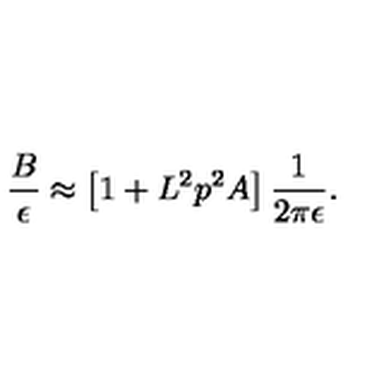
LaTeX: { \frac { B } { \epsilon } } \approx \left[ 1 + L ^ { 2 } p ^ { 2 } A \right] { \frac { 1 } { 2 \pi \epsilon } } .